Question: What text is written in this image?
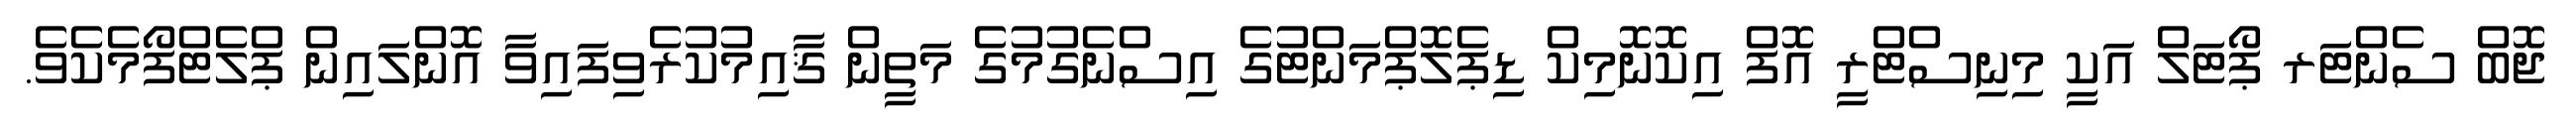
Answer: ޖޮބް ސެންޓަރ ޕޯޓަލް އަކީ މިނިސްޓްރީ އޮފް އިކޮނޮމިކް ޑިޕެލޮޕްމަންޓުގެ އިސްނެގުމުގެ މަތީން ޤާއިމުކުރެވިފައިވާ އޮންލައިން ޕްލެޓްފޯމެކެވެ.